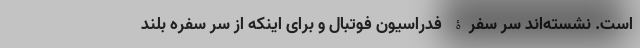
است. نشسته‌اند سر سفرۀ فدراسیون فوتبال و برای اینکه از سر سفره بلند